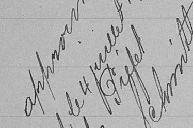
approuvé Belfort, le 4 juillet 1906 par Préfet